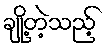
ချို့တဲ့သည့်